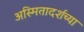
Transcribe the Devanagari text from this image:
अस्मितादर्शच्या